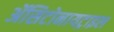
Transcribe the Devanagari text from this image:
ॲसिटोनायट्राइल